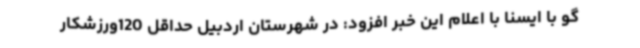
گو با ایسنا با اعلام این خبر افزود: در شهرستان اردبیل حداقل 120ورزشکار